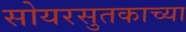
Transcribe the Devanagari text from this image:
सोयरसुतकाच्या